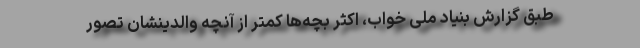
طبق گزارش بنیاد ملی خواب، اکثر بچه‌ها کمتر از آنچه والدینشان تصور